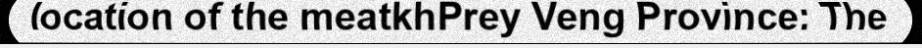
location of the meatkhPrey Veng Province: The